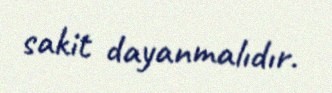
sakit dayanmalıdır.